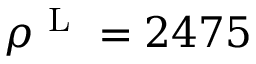
\rho ^ { \mathrm { ~ L ~ } } = 2 4 7 5